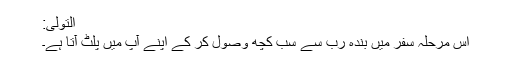
اَلتَّوَلِّی:
اس مرحلہ سفر میں بندہ رب سے سب کچھ وصول کر کے اپنے آپ میں پلٹ آتا ہے۔